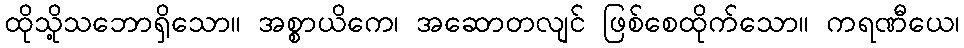
ထိုသို့သဘောရှိသော။ အစ္စာယိကေ၊ အဆောတလျင် ဖြစ်စေထိုက်သော။ ကရဏီယေ၊